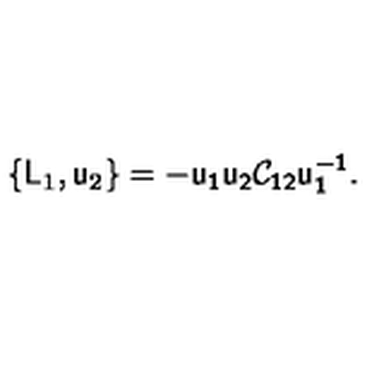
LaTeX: \{ \mathsf { L } _ { 1 } , \mathsf { u } _ { 2 } \} = - \mathsf { u _ { 1 } u _ { 2 } \mathcal { C } _ { 1 2 } u _ { 1 } ^ { - 1 } } .